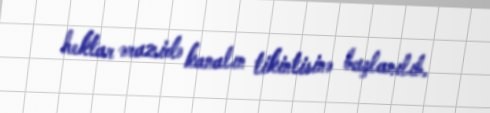
hektar ərazidə kanalın tikintisinə başlanılıb.